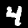
Digit: 4